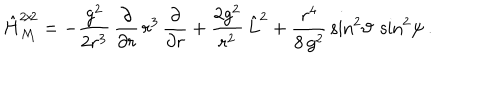
\hat { H } _ { \mathcal M } ^ { 2 \! \times \! 2 } = - \frac { g ^ { 2 } } { 2 r ^ { 3 } } \, \frac { \partial } { \partial r } \, r ^ { 3 } \, \frac { \partial } { \partial r } + \frac { 2 g ^ { 2 } } { r ^ { 2 } } \, \hat { L } ^ { 2 } + \frac { r ^ { 4 } } { 8 \, g ^ { 2 } } \, \sin ^ { 2 } \! \vartheta \: \sin ^ { 2 } \! \psi \: .